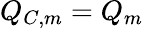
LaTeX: Q_{C,m}=Q_{m}